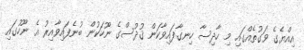
އިއްޔެގެ ވަގުތެއްގައި މި ހާދިސާ ހިނގާފައިވާކަން ޤުދުސްގެ ނޫހަކުން ބުނެފައިވާއިރު އެ ނޫހުގައި